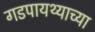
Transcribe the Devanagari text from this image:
गडपायथ्याच्या